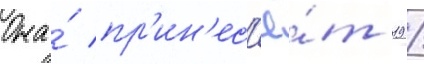
Она́ пр'ин'ес'ё́т 19 /